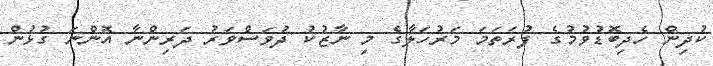
ކުދިން ހެދިބޮޑުވުމުގެ ފުރަތަމަ މަރުހަލާގެ މި ނާޒުކު ދުވަސްވަރު ދަރިންނާ އޮންނަ ގުޅުން